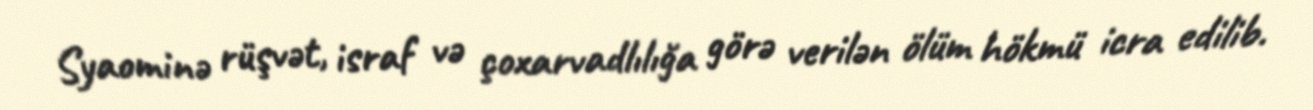
Syaominə rüşvət, israf və çoxarvadlılığa görə verilən ölüm hökmü icra edilib.